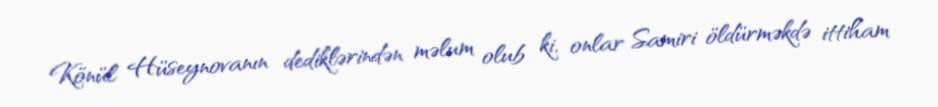
Könül Hüseynovanın dediklərindən məlum olub ki, onlar Samiri öldürməkdə ittiham